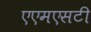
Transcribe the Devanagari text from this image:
एएमएसटी